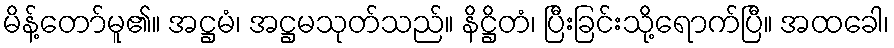
မိန့်တော်မူ၏။ အဋ္ဌမံ၊ အဋ္ဌမသုတ်သည်။ နိဋ္ဌိတံ၊ ပြီးခြင်းသို့ရောက်ပြီ။ အထခေါ၊